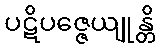
ပဋိပဇ္ဇေယျုန္တိ